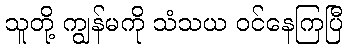
သူတို့ ကျွန်မကို သံသယ ဝင်နေကြပြီ